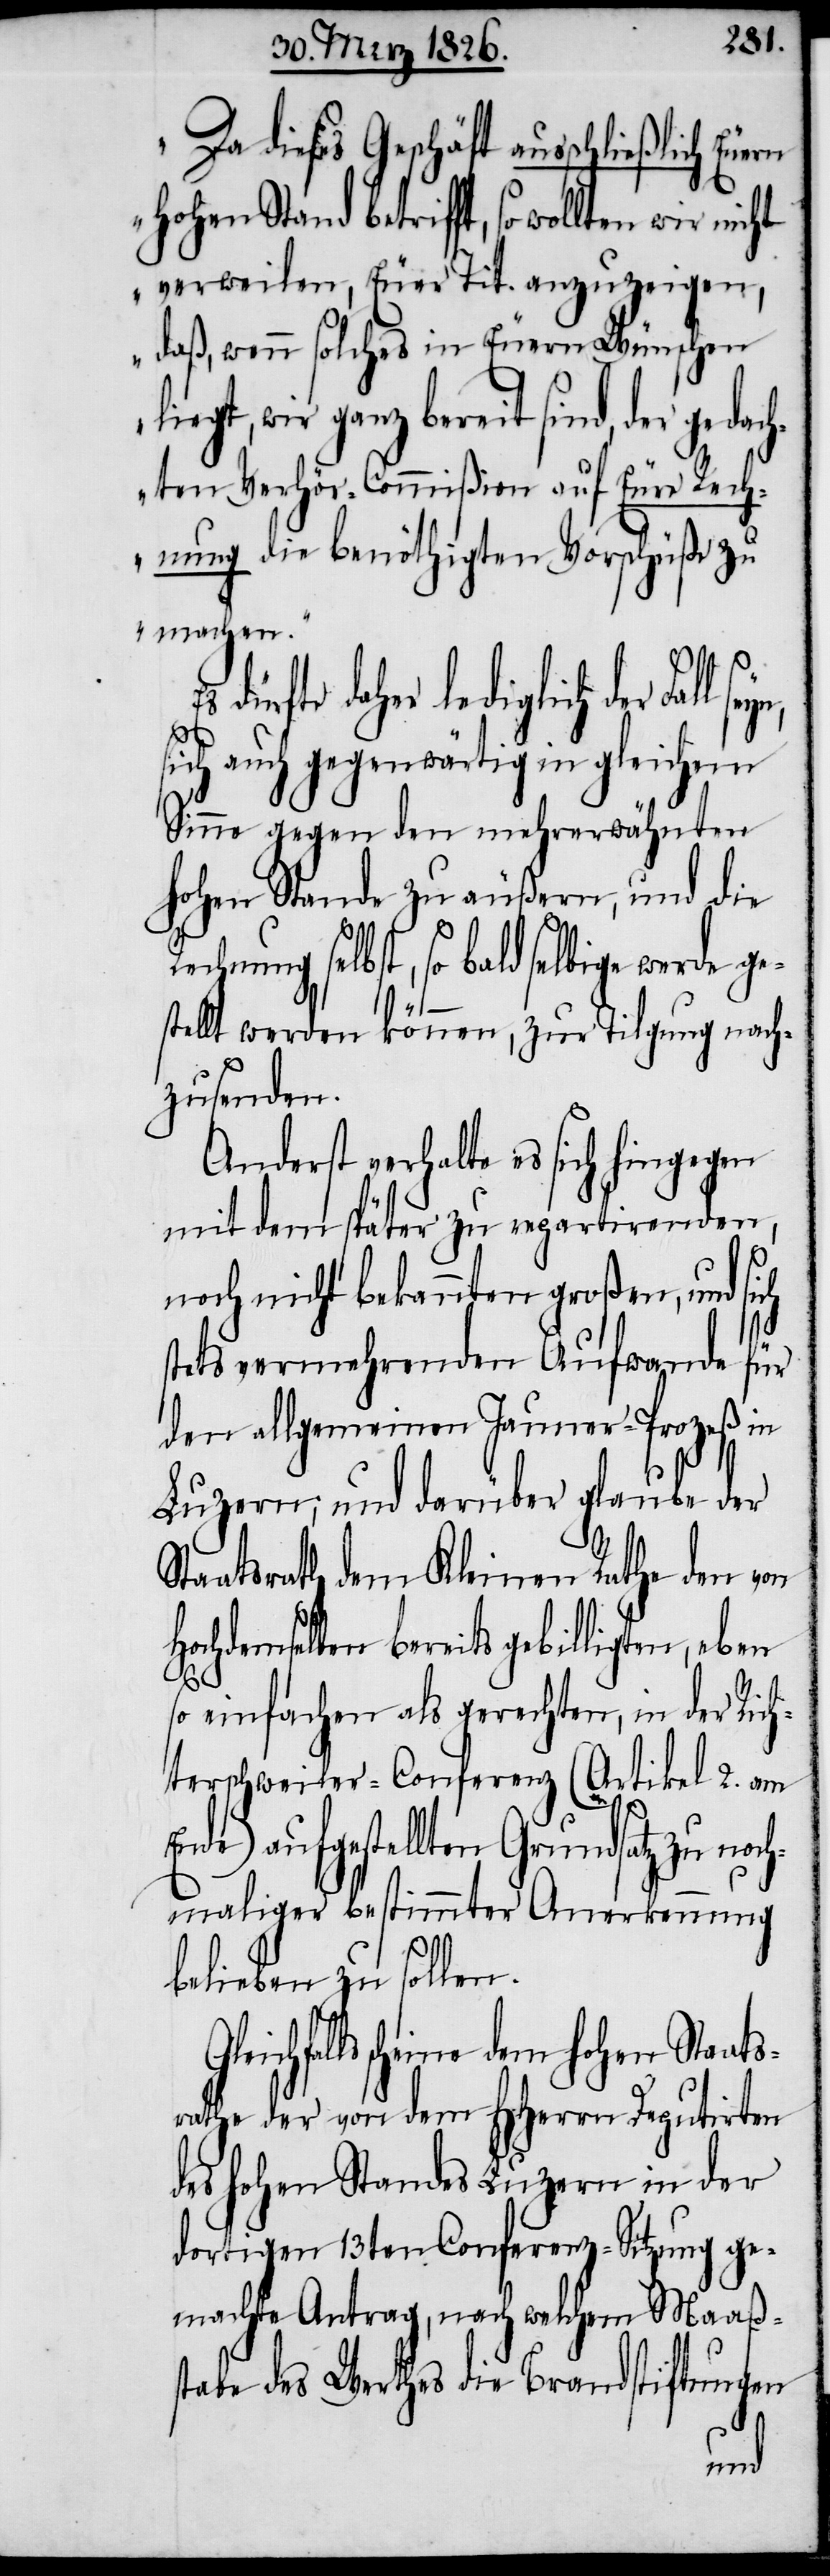
„Da dieses Geschäft ausschlie¬
verweilen, Euer Tit. anzuzeigen,
daß, wenn solches in Euern Wünschen
wir ganz bereit sind, der ged¬
ten Verhör-Commißion auf Eure Rech¬
nung die benöthigten Vorschüße zu
machen.“
diglich der Fall seyn,
sich auch gegenwärtig in gleichem
Sinne gegen den mehrerwähnten
hohen Stande zu äußern, und die
hnung selbst, so bald selbige werde ge¬
stellt werden können, zur Tilgung nach¬
zusenden.
Anderst verhalte es sich hingegen
mit dem später zu repartirenden,
ch¬
noch nicht bekannten großen, und
stets vermehrenden Aufwande für
den allgemeinen Januer-Prozeß in
Luzern; und darüber glaube der
aatsrath dem Kleinen Rathe den von
Hochdemselben bereits gebilligten, eben
so einfachen als gerechten, in der Rich¬
terschweiler-Conferenz (Artikel 2. am
Ende) aufgestellten Grundsatz zu no¬
maliger bestimmter Anerkennung
blieben zu sollen.
scheine dem hohen Staat¬
srathe der von dem HHerrn Deputirten
des hohen Standes Luzern in der
dortigen 13ten Conferenz-Sitzung ge¬
machte Antrag, nach welchem Maaßs¬
tabe des Werthes die Brandstiftungen